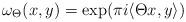
LaTeX: \begin{align*}\omega_\Theta(x,y)=\exp (\pi i \langle \Theta x,y\rangle) \end{align*}